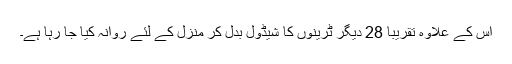
اس کے علاوہ تقریبا 28 دیگر ٹرینوں کا شیڈول بدل کر منزل کے لئے روانہ کیا جا رہا ہے۔